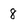
Character: 8